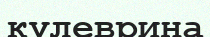
кулеврина